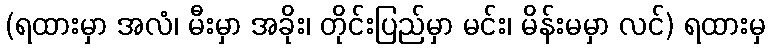
(ရထားမှာ အလံ၊ မီးမှာ အခိုး၊ တိုင်းပြည်မှာ မင်း၊ မိန်းမမှာ လင်) ရထားမှ